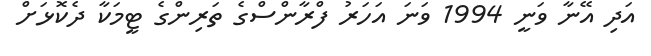
އަދި އޭނާ ވަނީ 1994 ވަނަ އަހަރު ފްރާންސްގެ ތަރިންގެ ޓީމަކާ ދެކޮޅަށް